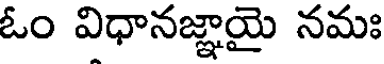
ఓం విధానజ్ఞాయై నమః